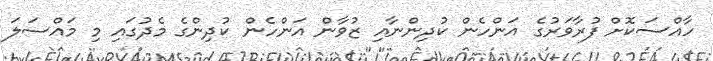
ހާއްސަކޮށް ފުރާވަރުގެ އަންހެން ކުދިންނާއި ޒުވާން އަންހެން ކުދިންގެ މެދުގައި މި މައްސަލަ